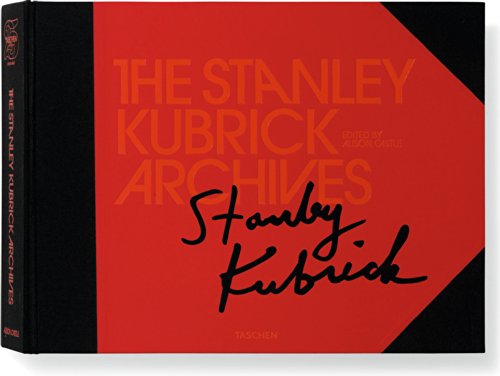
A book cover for The Stanley Kubrick Archives; Humor & Entertainment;